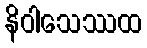
နိဝါသေဿထ